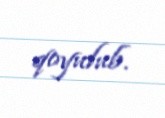
qoyulub.